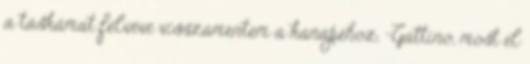
a táskámat felvéve visszamentem a kanapéhoz. -Gattino, most el